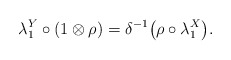
\begin{gather*}\lambda_1^Y \circ(1\otimes\rho)=\delta^{-1}\big(\rho\circ\lambda_1^X\big).\end{gather*}